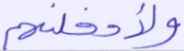
ولأدخلنهم